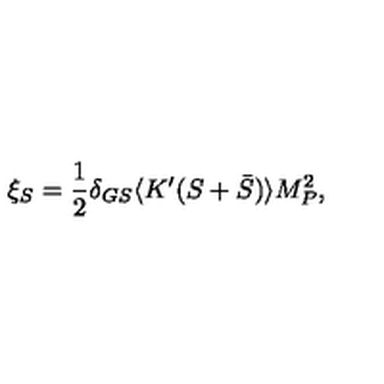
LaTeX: \xi _ { S } = { \frac { 1 } { 2 } } \delta _ { G S } \langle K ^ { \prime } ( S + \bar { S } ) \rangle M _ { P } ^ { 2 } ,